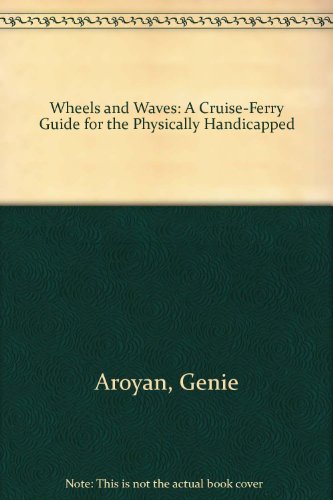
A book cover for Wheels and Waves: A Cruise, Ferry, River, and Canal Barge Guide for the Physically Handicapped; Genie Aroyan; Travel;